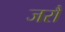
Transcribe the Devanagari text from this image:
जरौं